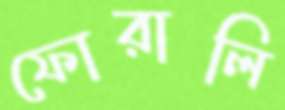
ফোরালি